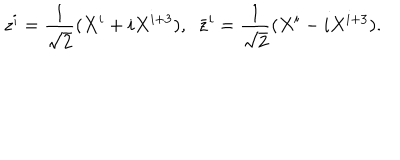
LaTeX: z ^ { i } = \frac { 1 } { \sqrt { 2 } } ( X ^ { i } + i X ^ { i + 3 } ) , ~ ~ \bar { z } ^ { i } = \frac { 1 } { \sqrt { 2 } } ( X ^ { i } - i X ^ { i + 3 } ) .